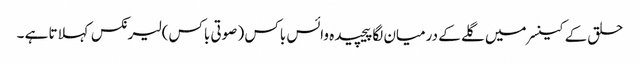
حلق کے کینسر میں گلے کے درمیان لگا پیچیدہ وائس باکس ( صوتی باکس) لیرنکس کہلاتا ہے ۔